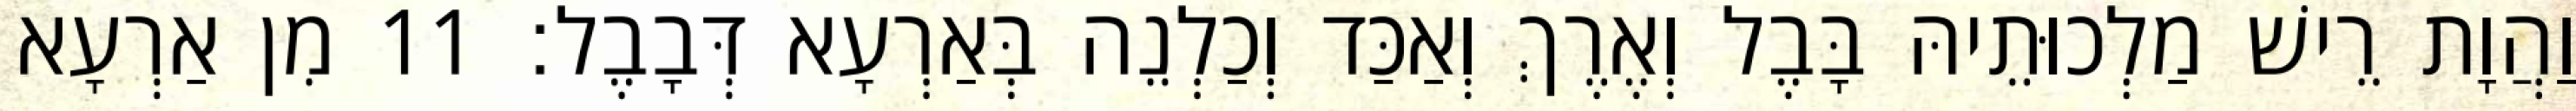
וַהֲוָת רֵישׁ מַלְכוּתֵיהּ בָּבֶל וְאֶרֶךְ וְאַכַּד וְכַלְנֵה בְּאַרְעָא דְּבָבֶל׃ 11 מִן אַרְעָא